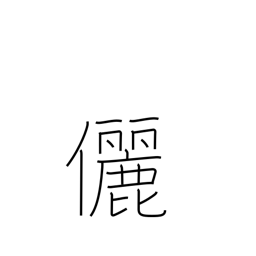
Meaning: companion